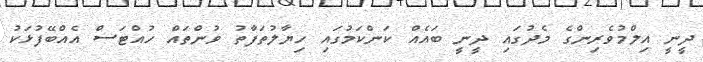
ދީނީ އިލްމުވެރިންގެ މެދުގައި ދީނީ ބައެއް ކަންކަމުގައި ހިޔާލުތަފާތު ވުންތައް ހުއްޓަސް އެއްބޭފުޅަކު